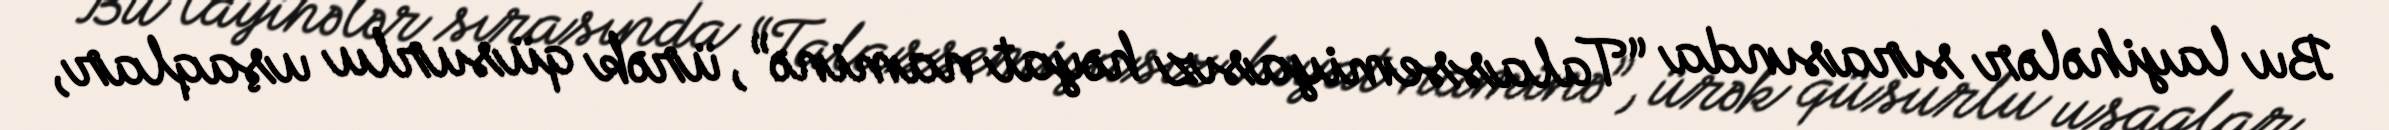
Bu layihələr sırasında “Talassemiyasız həyat naminə”, ürək qüsurlu uşaqlar,